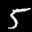
Label: 5